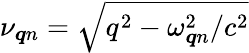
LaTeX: \nu_{\boldsymbol{q}n}=\sqrt{q^{2}-{\omega_{\boldsymbol{q}n}^{2}}/{c^{2}}}